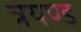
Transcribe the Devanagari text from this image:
त्रयण्ड